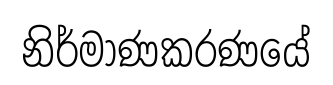
නිර්මාණකරණයේ